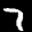
Label: 7